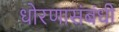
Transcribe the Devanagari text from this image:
धोरणासंबंधी